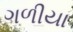
ગળીયા